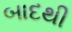
બાદથી